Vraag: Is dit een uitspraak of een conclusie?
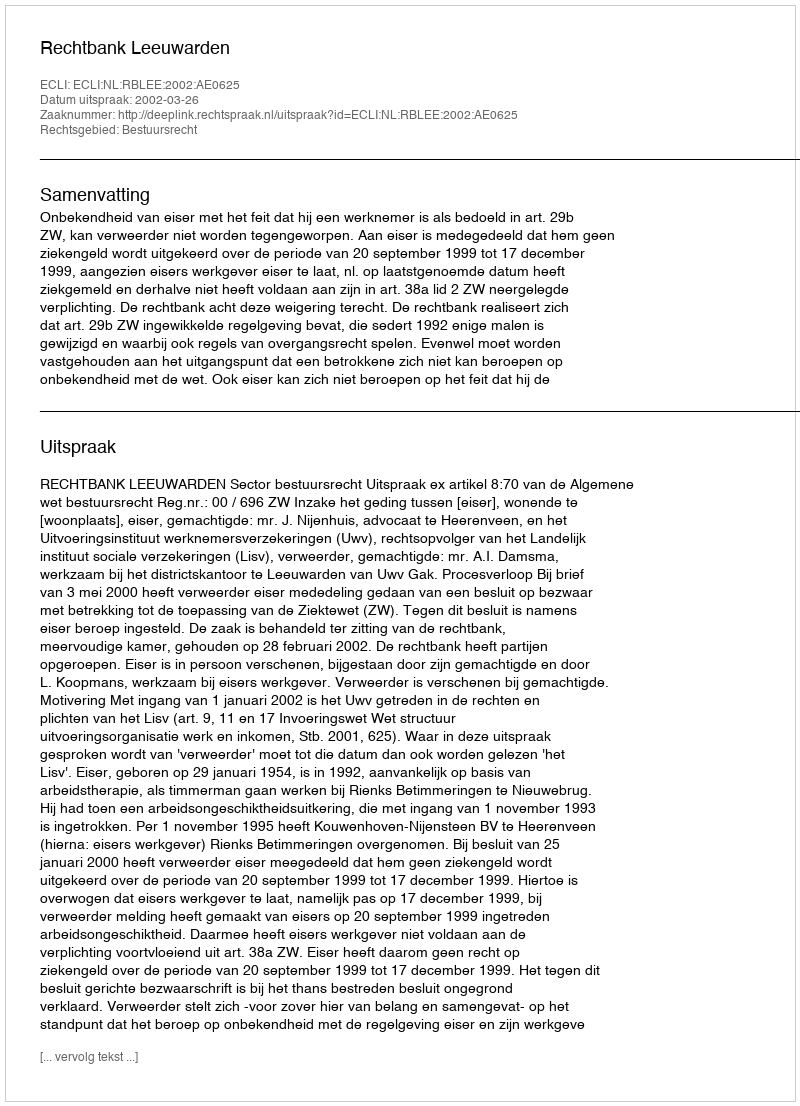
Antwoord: Uitspraak